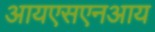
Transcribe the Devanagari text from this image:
आयएसएनआय